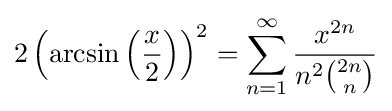
2\left(\arcsin \left({\frac {x}{2}}\right)\right)^{2}=\sum _{n=1}^{\infty }{\frac {x^{2n}}{n^{2}{\binom {2n}{n}}}}